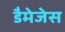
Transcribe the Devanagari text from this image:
डैमेजेस